Insane asylums in Bengal annual reports 1876-1887 - 1876-1887
Year: 1876
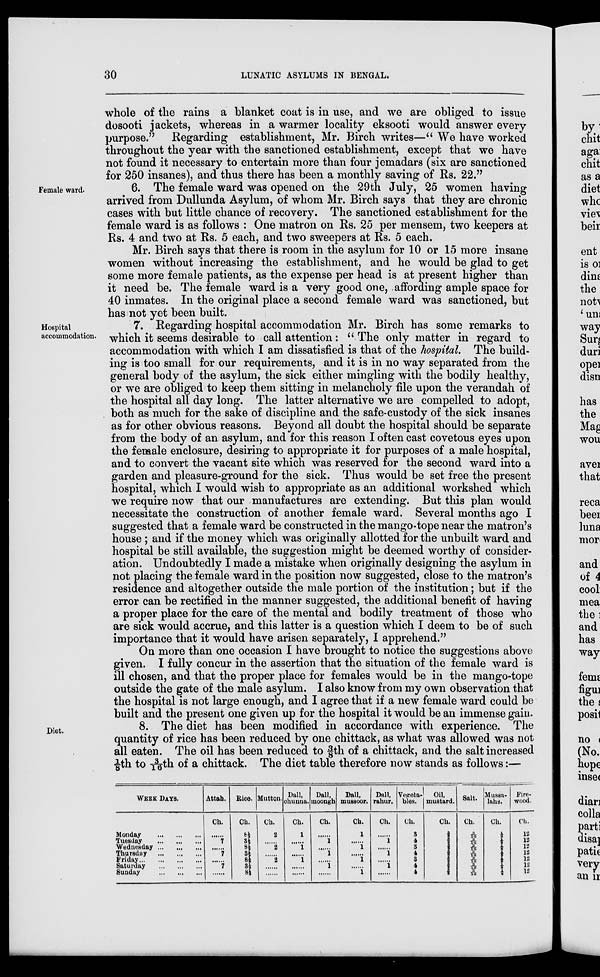
30
LUNATIC ASYLUMS IN BENGAL.
whole of the rains a blanket coat is in use, and we are obliged to issue
dosooti jackets, whereas in a warmer locality eksooti would answer every
purpose." Regarding establishment, Mr. Birch writes—" We have worked
throughout the year with the sanctioned establishment, except that we have
not found it necessary to entertain more than four jemadars (six are sanctioned
for 250 insanes), and thus there has been a monthly saving of Rs. 22."
Female ward.
6. The female ward was opened on the 29th July, 25 women having
arrived from Dullunda Asylum, of whom Mr. Birch says that they are chronic
cases with but little chance of recovery. The sanctioned establishment for the
female ward is as follows : One matron on Rs. 25 per mensem, two keepers at
Rs. 4 and two at Rs. 5 each, and two sweepers at Rs. 5 each.
Mr. Birch says that there is room in the asylum for 10 or 15 more insane
women without increasing the establishment, and he would be glad to get
some more female patients, as the expense per head is at present higher than
it need be. The female ward is a very good one, affording ample space for
40 inmates. In the original place a second female ward was sanctioned, but
has not yet been built.
Hospital
accommodation.
7. Regarding hospital accommodation Mr. Birch has some remarks to
which it seems desirable to call attention: " The only matter in regard to
accommodation with which I am dissatisfied is that of the hospital. The build-
ing is too small for our requirements, and it is in no way separated from the
general body of the asylum, the sick either mingling with the bodily healthy,
or we are obliged to keep them sitting in melancholy file upon the verandah of
the hospital all day long. The latter alternative we are compelled to adopt,
both as much for the sake of discipline and the safe-custody of the sick insanes
as for other obvious reasons. Beyond all doubt the hospital should be separate
from the body of an asylum, and for this reason I often cast covetous eyes upon
the female enclosure, desiring to appropriate it for purposes of a male hospital,
and to convert the vacant site which was reserved for the second ward into a
garden and pleasure-ground for the sick. Thus would be set free the present
hospital, which I would wish to appropriate as an additional workshed which
we require now that our manufactures are extending. But this plan would
necessitate the construction of another female ward. Several months ago I
suggested that a female ward be constructed in the mango-tope near the matron's
house ; and if the money which was originally allotted for the unbuilt ward and
hospital be still available, the suggestion might be deemed worthy of consider-
ation. Undoubtedly I made a mistake when originally designing the asylum in
not placing the female ward in the position now suggested, close to the matron's
residence and altogether outside the male portion of the institution; but if the
error can be rectified in the manner suggested, the additional benefit of having
a proper place for the care of the mental and bodily treatment of those who
are sick would accrue, and this latter is a question which I deem to be of such
importance that it would have arisen separately, I apprehend."
On more than one occasion I have brought to notice the suggestions above
given. I fully concur in the assertion that the situation of the female ward is
ill chosen, and that the proper place for females would be in the mango-tope
outside the gate of the male asylum. I also know from my own observation that
the hospital is not large enough, and I agree that if a new female ward could be
built and the present one given up for the hospital it would be an immense gain.
Diet.
8. The diet has been modified in accordance with experience. The
quantity of rice has been reduced by one chittack, as what was allowed was not
all eaten. The oil has been reduced to 3/8th of a chittack, and the salt increased
1/8th to 3/16th of a chittack. The diet table therefore now stands as follows:—
WEEK DAYS.
Monday
...
...
...
Tuesday
...
...
...
Wednesday ... ... ...
Thursday
...
...
...
Friday ... ... ... ...
Saturday
...
...
...
Sunday
...
...
...
Attah.
Ch.
......
7
......
7
......
7
......
Rice.
Ch.
8½
3½
8½
3½
8½
3½
8½
Mutton.
Ch.
2
......
2
......
2
......
Dall,
chunna.
Ch.
1
......
1
......
1
......
......
Dall,
moongh.
Ch.
......
1
......
1
......
1
......
Dall,
mussoor.
Ch.
1
......
1
......
1
......
1
Dall,
rahur.
Ch.
......
1
......
1
......
1
......
Vegeta-
bles.
Ch.
3
4
3
4
3
4
4
Oil,
mustard.
Ch.
3/8
3/8
3/8
3/8
3/8
3/8 3/8
Salt.
Ch.
3/16
3/16
3/16
3/16
3/16
3/16 3/16
Mussa-
lahs.
Ch.
1/8
1/8
1/8
1/8
1/8
1/8
1/8
Fire-
wood.
Ch.
12
12
12
12
12
12
12